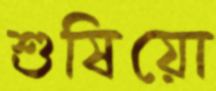
শুষিয়ো